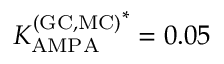
{ K _ { \mathrm { A M P A } } ^ { \mathrm { ( G C , M C ) } } } ^ { * } = 0 . 0 5